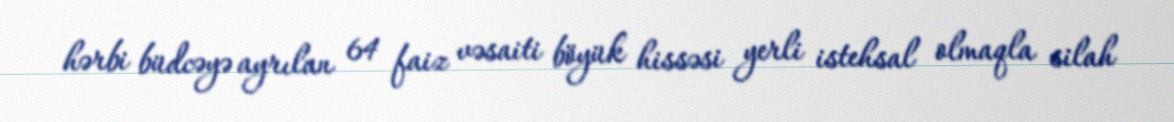
hərbi büdcəyə ayrılan 64 faiz vəsaiti böyük hissəsi yerli istehsal olmaqla silah